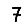
Digit: 7